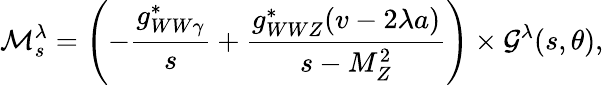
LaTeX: {\cal M}_{s}^{\lambda}=\left(-\frac{g_{WW\gamma}^{*}}{s}+\frac{g_{WWZ}^{*}(v-2\lambda a)}{s-M_{Z}^{2}}\right)\times{\cal G}^{\lambda}(s,\theta),